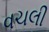
વચલી